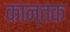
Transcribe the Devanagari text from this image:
कान्तक